Vaccine operations Central Provinces 1900-1911 - 1900-1911
Year: 1900
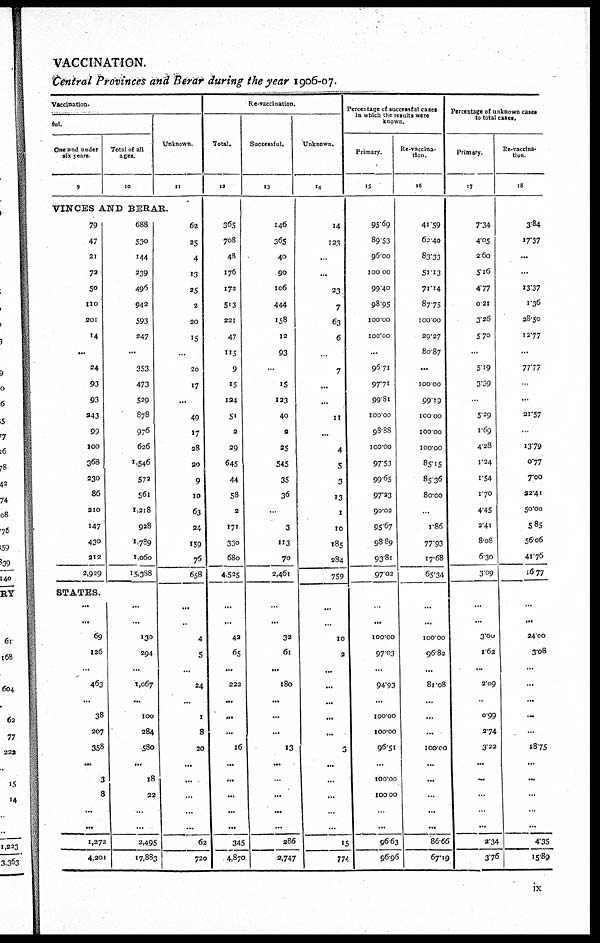
VACCINATION.
Central Provinces and Berar during the year 1906-07.
Vaccination.
ful.
One and under
six years
9
Total of all
ages
10
Unknown.
11
VINCES AND BERAR.
79
47
21
72
50
110
201
14
...
24
93
93
243
99
100
368
230
86
210
147
430
212
2,929
STATES.
...
. ..
69
126
...
463
...
38
207
358
...
3
8
...
...
1,272
4,201
688
530
144
239
496
942
593
247
...
353
473
529
878
976
626
1,546
572
561
1,218
928
1,789
1,060
15,388
...
...
130
294
...
1,067
...
100
284
580
...
18
22
...
...
2,495
17,883
62
25
4
13
25
2
20
15
...
20
17
...
49
17
28
20
9
10
63
24
159
76
658
...
..
4
5
...
24
...
1
8
20
...
...
...
...
...
62
720
Re-vaccination.
Total.
12
365
708
48
176
173
5.3
221
47
115
9
15
124
51
2
29
645
44
58
2
171
330
680
4,525
...
...
42
65
...
222
...
...
...
16
...
...
...
...
...
345
4,870
Successful.
13
146
365
40
90
106
444
158
12
93
..
15
123
40
2
25
545
35
36
...
3
113
70
2,461
...
...
32
61
...
180
...
...
...
13
...
...
...
...
...
286
2,747
Unknown.
14
14
123
...
...
23
7
63
6
..
7
...
...
11
...
4
5
3
13
1
10
185
284
759
...
...
10
2
...
...
...
...
...
3
...
...
...
...
...
15
774
Percentage of successful case
in which the results were
known.
Primary
15
95.69
89.53
96.00
100.00
99.40
98.95
100.00
100.00
...
96.71
97.71
99.81
100.00
98.88
100.00
97.53
99.65
97.23
90.02
95.67
98.89
93.81
97.02
..
...
100.00
97.03
...
94.93
...
100.00
100.00
96.51
...
100.00
100.00
...
...
96.63
96.96
Re-vaccina-
tion.
16
41.59
62.40
83.33
51.13
71.14
87.75
100.00
29.27
80.87
...
100.00
99.19
100.00
100.00
100.00
85.15
85.36
80.00
...
1.86
77.93
17.68
65.34
...
...
100.00
96.82
...
81.08
...
...
...
100.00
...
...
...
...
...
86.66
67.19
Percentage of unknown cases
to total cases.
Primary.
17
7.34
4.05
2.60
5.16
4.77
0.21
3.26
5.70
...
5.19
3.39
...
5.29
1.69
4.28
1.24
1.54
1.70
4.45
2.41
8.08
6.30
3.09
...
...
3.00
1.62
...
2.09
...
0.99
2.74
3.22
...
...
...
...
...
2.34
3.76
Re-vaccina¬
tion.
18
3.84
17.37
...
...
13.37
1.36
28.50
12.77
...
77.77
...
...
21.57
...
13.79
0.77
7.00
22.41
50.00
5.85
56.06
41.76
16.77
...
...
24.00
3.08
...
...
...
...
...
18.75
...
...
...
...
...
4.35
15.89
ix